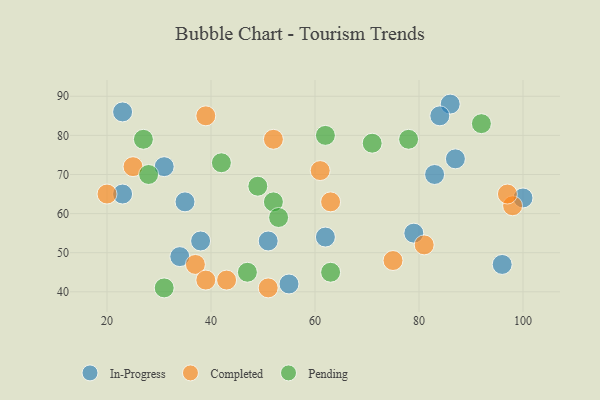
{"axis": {"x": "GDP", "y": "Life Expectancy"}, "legend": ["Completed", "In-Progress", "Pending"], "data": [{"x": "79", "y": 55, "type": "In-Progress"}, {"x": "51", "y": 53, "type": "In-Progress"}, {"x": "100", "y": 64, "type": "In-Progress"}, {"x": "62", "y": 54, "type": "In-Progress"}, {"x": "23", "y": 65, "type": "In-Progress"}, {"x": "34", "y": 49, "type": "In-Progress"}, {"x": "83", "y": 70, "type": "In-Progress"}, {"x": "55", "y": 42, "type": "In-Progress"}, {"x": "87", "y": 74, "type": "In-Progress"}, {"x": "31", "y": 72, "type": "In-Progress"}, {"x": "23", "y": 86, "type": "In-Progress"}, {"x": "86", "y": 88, "type": "In-Progress"}, {"x": "35", "y": 63, "type": "In-Progress"}, {"x": "96", "y": 47, "type": "In-Progress"}, {"x": "38", "y": 53, "type": "In-Progress"}, {"x": "84", "y": 85, "type": "In-Progress"}, {"x": "75", "y": 48, "type": "Completed"}, {"x": "61", "y": 71, "type": "Completed"}, {"x": "20", "y": 65, "type": "Completed"}, {"x": "52", "y": 79, "type": "Completed"}, {"x": "39", "y": 85, "type": "Completed"}, {"x": "25", "y": 72, "type": "Completed"}, {"x": "51", "y": 41, "type": "Completed"}, {"x": "63", "y": 63, "type": "Completed"}, {"x": "98", "y": 62, "type": "Completed"}, {"x": "97", "y": 65, "type": "Completed"}, {"x": "43", "y": 43, "type": "Completed"}, {"x": "37", "y": 47, "type": "Completed"}, {"x": "39", "y": 43, "type": "Completed"}, {"x": "81", "y": 52, "type": "Completed"}, {"x": "78", "y": 79, "type": "Pending"}, {"x": "92", "y": 83, "type": "Pending"}, {"x": "62", "y": 80, "type": "Pending"}, {"x": "71", "y": 78, "type": "Pending"}, {"x": "63", "y": 45, "type": "Pending"}, {"x": "28", "y": 70, "type": "Pending"}, {"x": "47", "y": 45, "type": "Pending"}, {"x": "27", "y": 79, "type": "Pending"}, {"x": "52", "y": 63, "type": "Pending"}, {"x": "49", "y": 67, "type": "Pending"}, {"x": "42", "y": 73, "type": "Pending"}, {"x": "53", "y": 59, "type": "Pending"}, {"x": "31", "y": 41, "type": "Pending"}]}